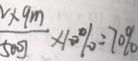
\frac { \times 9 m } { 5 0 0 J } \times 1 0 0 \% = 7 0 \%